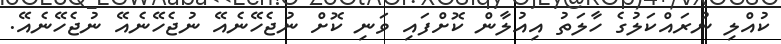
ކުއްލި ނުރައްކަލުގެ ހާލަތު އިއުލާން ކޮށްފައި ވަނި ކޮށް ނުޖެހޭނެއޭ ނުޖެހޭނެއޭ ނުޖެހޭނެއޭ.